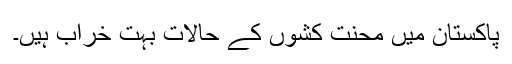
پاکستان میں محنت کشوں کے حالات بہت خراب ہیں۔